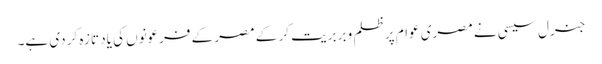
جنرل سیسی نے مصری عوام پر ظلم و بربریت کر کے مصر کے فرعونوں کی یاد تازہ کر دی ہے۔